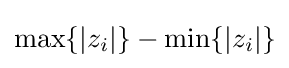
\max\{|z_{i}|\}-\min\{|z_{i}|\}